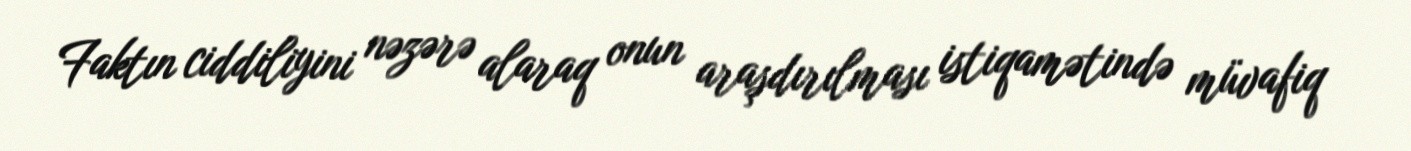
Faktın ciddiliyini nəzərə alaraq onun araşdırılması istiqamətində müvafiq